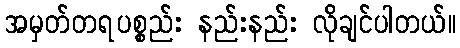
အမှတ်တရပစ္စည်း နည်းနည်း လိုချင်ပါတယ်။